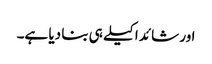
اور شائد اکیلے ہی بنا دیا ہے۔